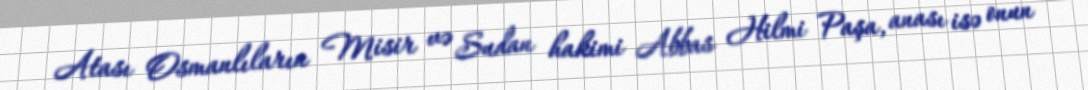
Atası Osmanlıların Misir və Sudan hakimi Abbas Hilmi Paşa, anası isə onun